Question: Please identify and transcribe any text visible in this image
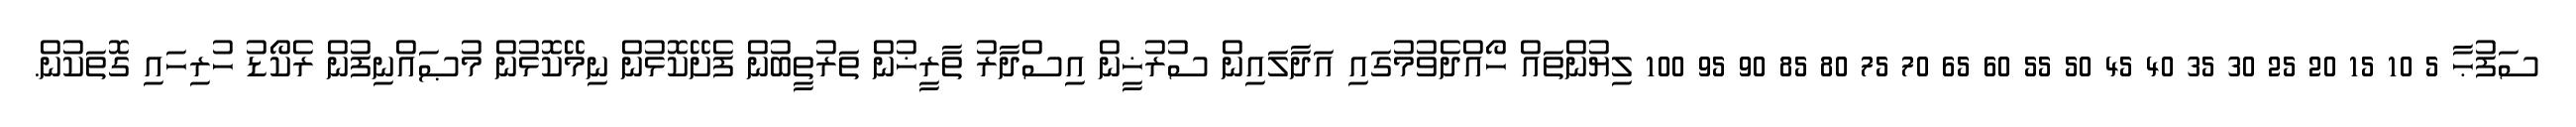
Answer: ސަފުޙާ 5 10 15 20 25 30 35 40 45 50 55 60 65 70 75 80 85 90 95 100 ލިޔުންތައް ހޯއްދެވުމުގައި އަދާލައިން ސުރުޚީން އިސްދާރު ތާރީޚުން ތަރުތީބުން ފެށޭކޮޅުން ނިމޭކޮޅުން މުޞައްނިފުން ރެކޯޑު ހުރިހައި ގޮތަކުން.